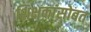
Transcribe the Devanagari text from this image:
शिक्षकांसोबत